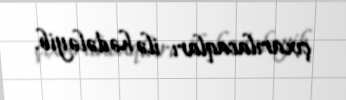
çıxarılacaqları ilə hədələyib.